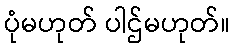
ပုံမဟုတ် ပါဌ်မဟုတ်။